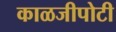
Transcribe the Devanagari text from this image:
काळजीपोटी